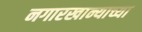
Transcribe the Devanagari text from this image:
नगारखान्याच्या